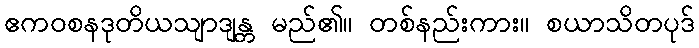
ဧကဝစနဒုတိယသျာဒျန္တ မည်၏။ တစ်နည်းကား။ စယာသိတပုဒ်